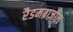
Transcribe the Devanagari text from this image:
रैडमब्राज़ील